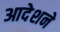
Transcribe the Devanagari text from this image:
आदेशने